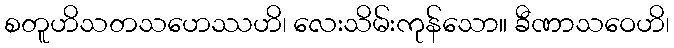
စတူဟိသတသဟေဿဟိ၊ လေးသိမ်းကုန်သော။ ခီဏာသဝေဟိ၊